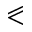
\eqslantless